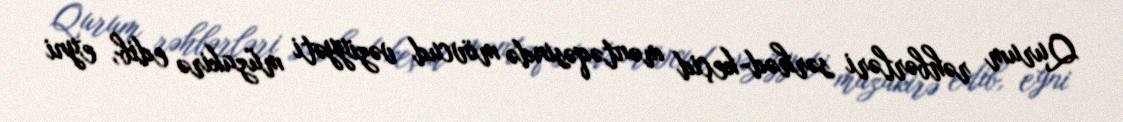
Qurum rəhbərləri sərhəd-keçid məntəqəsində mövcud vəziyyəti müzakirə edib, eyni